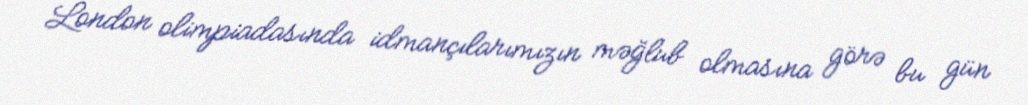
London olimpiadasında idmançılarımızın məğlub olmasına görə bu gün